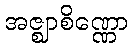
အဇ္ဈာစိဏ္ဏော